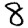
Digit: 8